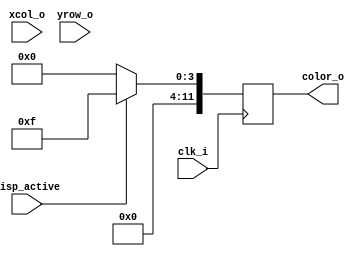
`timescale 1ns / 1ps
//////////////////////////////////////////////////////////////////////////////////
// Company: 
// Engineer: 
// 
// Design Name: 
// Module Name: VGA_TEST
// Project Name: 
// Target Devices: 
// Tool Versions: 
// Description: 
// 
// Dependencies: 
// 
// Revision:
// Revision 0.01 - File Created
// Additional Comments:
// 
//////////////////////////////////////////////////////////////////////////////////


module VGA_TEST(
    input clk_i,
    input disp_active,
    input [10:0] xcol_o, yrow_o, 
    output reg[11:0] color_o
    );

reg[11:0] black = 12'h000;
reg[11:0] red = 12'hF00, blu = 12'h00F, grn = 12'h0F0;

always @(posedge clk_i)
begin
    if(disp_active == 1) begin
        color_o <= blu;
    end
    else begin
        color_o <= black;
    end                 
end    
    
endmodule